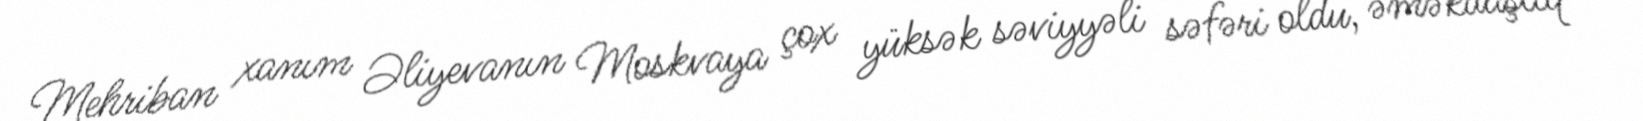
Mehriban xanım Əliyevanın Moskvaya çox yüksək səviyyəli səfəri oldu, əməkdaşlıq